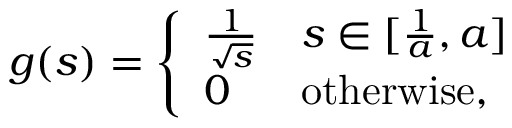
g ( s ) = \left\{ \begin{array} { l l } { \frac { 1 } { \sqrt { s } } } & { s \in [ \frac { 1 } { a } , a ] } \\ { 0 } & { \mathrm { o t h e r w i s e } , } \end{array} \right.